画像に写った文字を読んでください
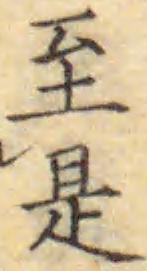
「至是」と書いてあります